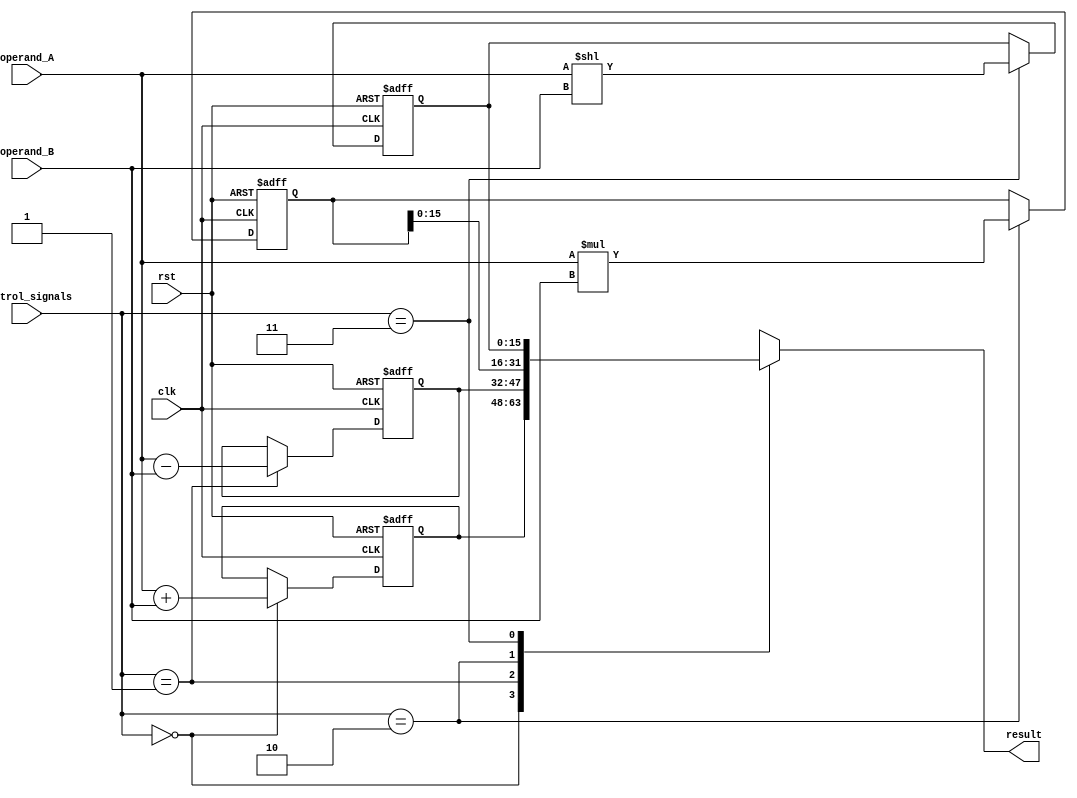
module HalfPrecisionFPU (
    input wire clk,
    input wire rst,
    input wire [15:0] operand_A,
    input wire [15:0] operand_B,
    input wire [1:0] control_signals,
    output reg [15:0] result
);

// Adder block
reg [15:0] add_result;
always @ (posedge clk or posedge rst)
    if (rst)
        add_result <= 16'b0;
    else if (control_signals == 2'b00) // Addition operation
        add_result <= operand_A + operand_B;

// Subtractor block
reg [15:0] sub_result;
always @ (posedge clk or posedge rst)
    if (rst)
        sub_result <= 16'b0;
    else if (control_signals == 2'b01) // Subtraction operation
        sub_result <= operand_A - operand_B;

// Multiplier block
reg [31:0] mul_result;
always @ (posedge clk or posedge rst)
    if (rst)
        mul_result <= 32'b0;
    else if (control_signals == 2'b10) // Multiplication operation
        mul_result <= operand_A * operand_B;

// Shifter block
reg [15:0] shift_result;
always @ (posedge clk or posedge rst)
    if (rst)
        shift_result <= 16'b0;
    else if (control_signals == 2'b11) // Shifting operation
        shift_result <= operand_A << operand_B;

// Output logic
always @ (*)
    case(control_signals)
        2'b00: result = add_result; // Addition result
        2'b01: result = sub_result; // Subtraction result
        2'b10: result = mul_result[15:0]; // Multiplication result
        2'b11: result = shift_result; // Shifting result
    endcase

endmodule